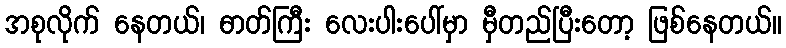
အစုလိုက် နေတယ်၊ ဓာတ်ကြီး လေးပါးပေါ်မှာ မှီတည်ပြီးတော့ ဖြစ်နေတယ်။